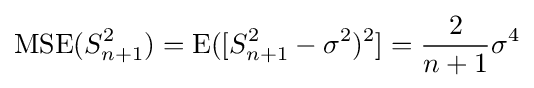
\operatorname {MSE} (S_{n+1}^{2})=\operatorname {E} ([S_{n+1}^{2}-\sigma ^{2})^{2}]={\frac {2}{n+1}}\sigma ^{4}